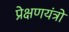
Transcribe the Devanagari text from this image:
प्रेक्षणयंत्रों